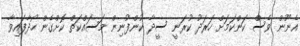
އެނޫން ވެސް ކަންކަމަށް ހަރަދު ކުރަނީ ސީދާ ކުންފުނިން މަސައްކަތް ކޮށްގެން ހޯދާފައިވާ